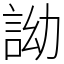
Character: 詏